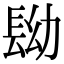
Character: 𨱧